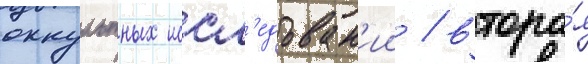
оккультных иссл'едован'ии / втора́я